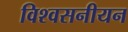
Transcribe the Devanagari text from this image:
विश्वसनीयन